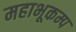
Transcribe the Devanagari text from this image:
महाभूकम्प